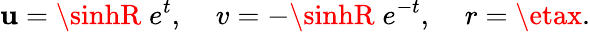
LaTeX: \mathbf{u}=\sinhR\; e^{t},\; \; \; \; v=-\sinhR\; e^{-t},\; \; \; \; r=\etax.